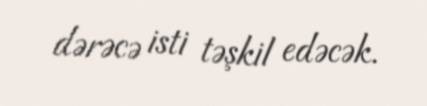
dərəcə isti təşkil edəcək.